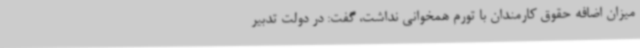
میزان اضافه حقوق کارمندان با تورم همخوانی نداشت، گفت: در دولت تدبیر